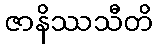
ဇာနိဿသီတိ